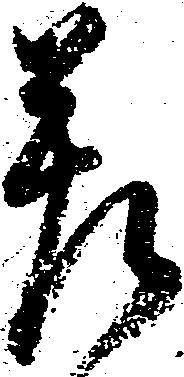
差